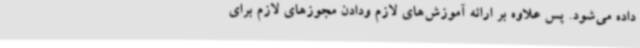
داده می‌شود. پس علاوه بر ارائه آموزش‌های لازم ودادن مجوزهای لازم برای